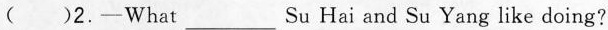
()2.—What___Su Hai and Su Yang like doing? kes